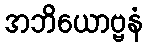
အဘိယောဗ္ဗနံ